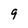
Character: 9